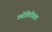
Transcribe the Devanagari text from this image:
ज्योतितीव्रता